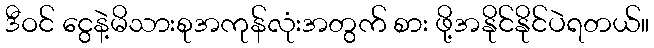
ဒီဝင် ငွေနဲ့မိသားစုအကုန်လုံးအတွက် စား ဖို့အနိုင်နိုင်ပဲရတယ်။